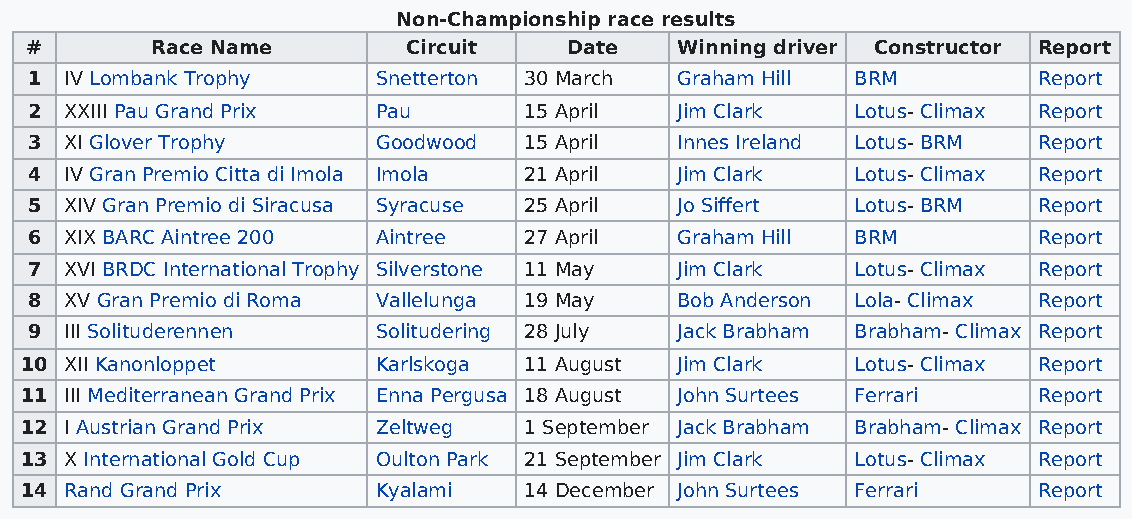
Non-Championship race results
 #       Race Name        Circuit    Date   Winning driver Constructor Report
 1 IV Lombank Trophy    Snetterton 30 March Graham Hill BRM         Report
 2 XXIII Pau Grand Prix Pau       15 April  Jim Clark   Lotus- Climax Report
 3 XI Glover Trophy     Goodwood  15 April  Innes Ireland Lotus- BRM Report
 4 IV Gran Premio Citta di Imola Imola 21 April Jim Clark Lotus- Climax Report
 5 XIV Gran Premio di Siracusa Syracuse 25 April Jo Siffert Lotus- BRM Report
 6 XIX BARC Aintree 200 Aintree   27 April  Graham Hill BRM         Report
 7 XVI BRDC International Trophy Silverstone 11 May Jim Clark Lotus- Climax Report
 8 XV Gran Premio di Roma Vallelunga 19 May Bob Anderson Lola- Climax Report
 9 III Solituderennen   Solitudering 28 July Jack Brabham Brabham- Climax Report
 10 XII Kanonloppet      Karlskoga 11 August Jim Clark   Lotus- Climax Report
 11 III Mediterranean Grand Prix Enna Pergusa 18 August John Surtees Ferrari Report
 12 I Austrian Grand Prix Zeltweg  1 September Jack Brabham Brabham- Climax Report
 13 X International Gold Cup Oulton Park 21 September Jim Clark Lotus- Climax Report
 14 Rand Grand Prix      Kyalami   14 December John Surtees Ferrari  Report